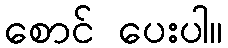
စောင် ပေးပါ။